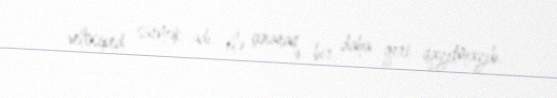
velosiped sürmək adı ilə çıxaraq bir daha geri qayıtmayıb.